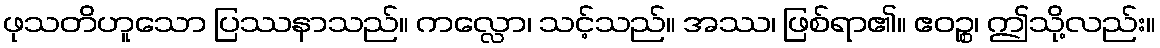
ဖုသတိဟူသော ပြဿနာသည်။ ကလ္လော၊ သင့်သည်။ အဿ၊ ဖြစ်ရာ၏။ ဧဝဉ္စ၊ ဤသို့လည်း။